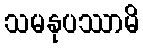
သမနုပဿာမိ